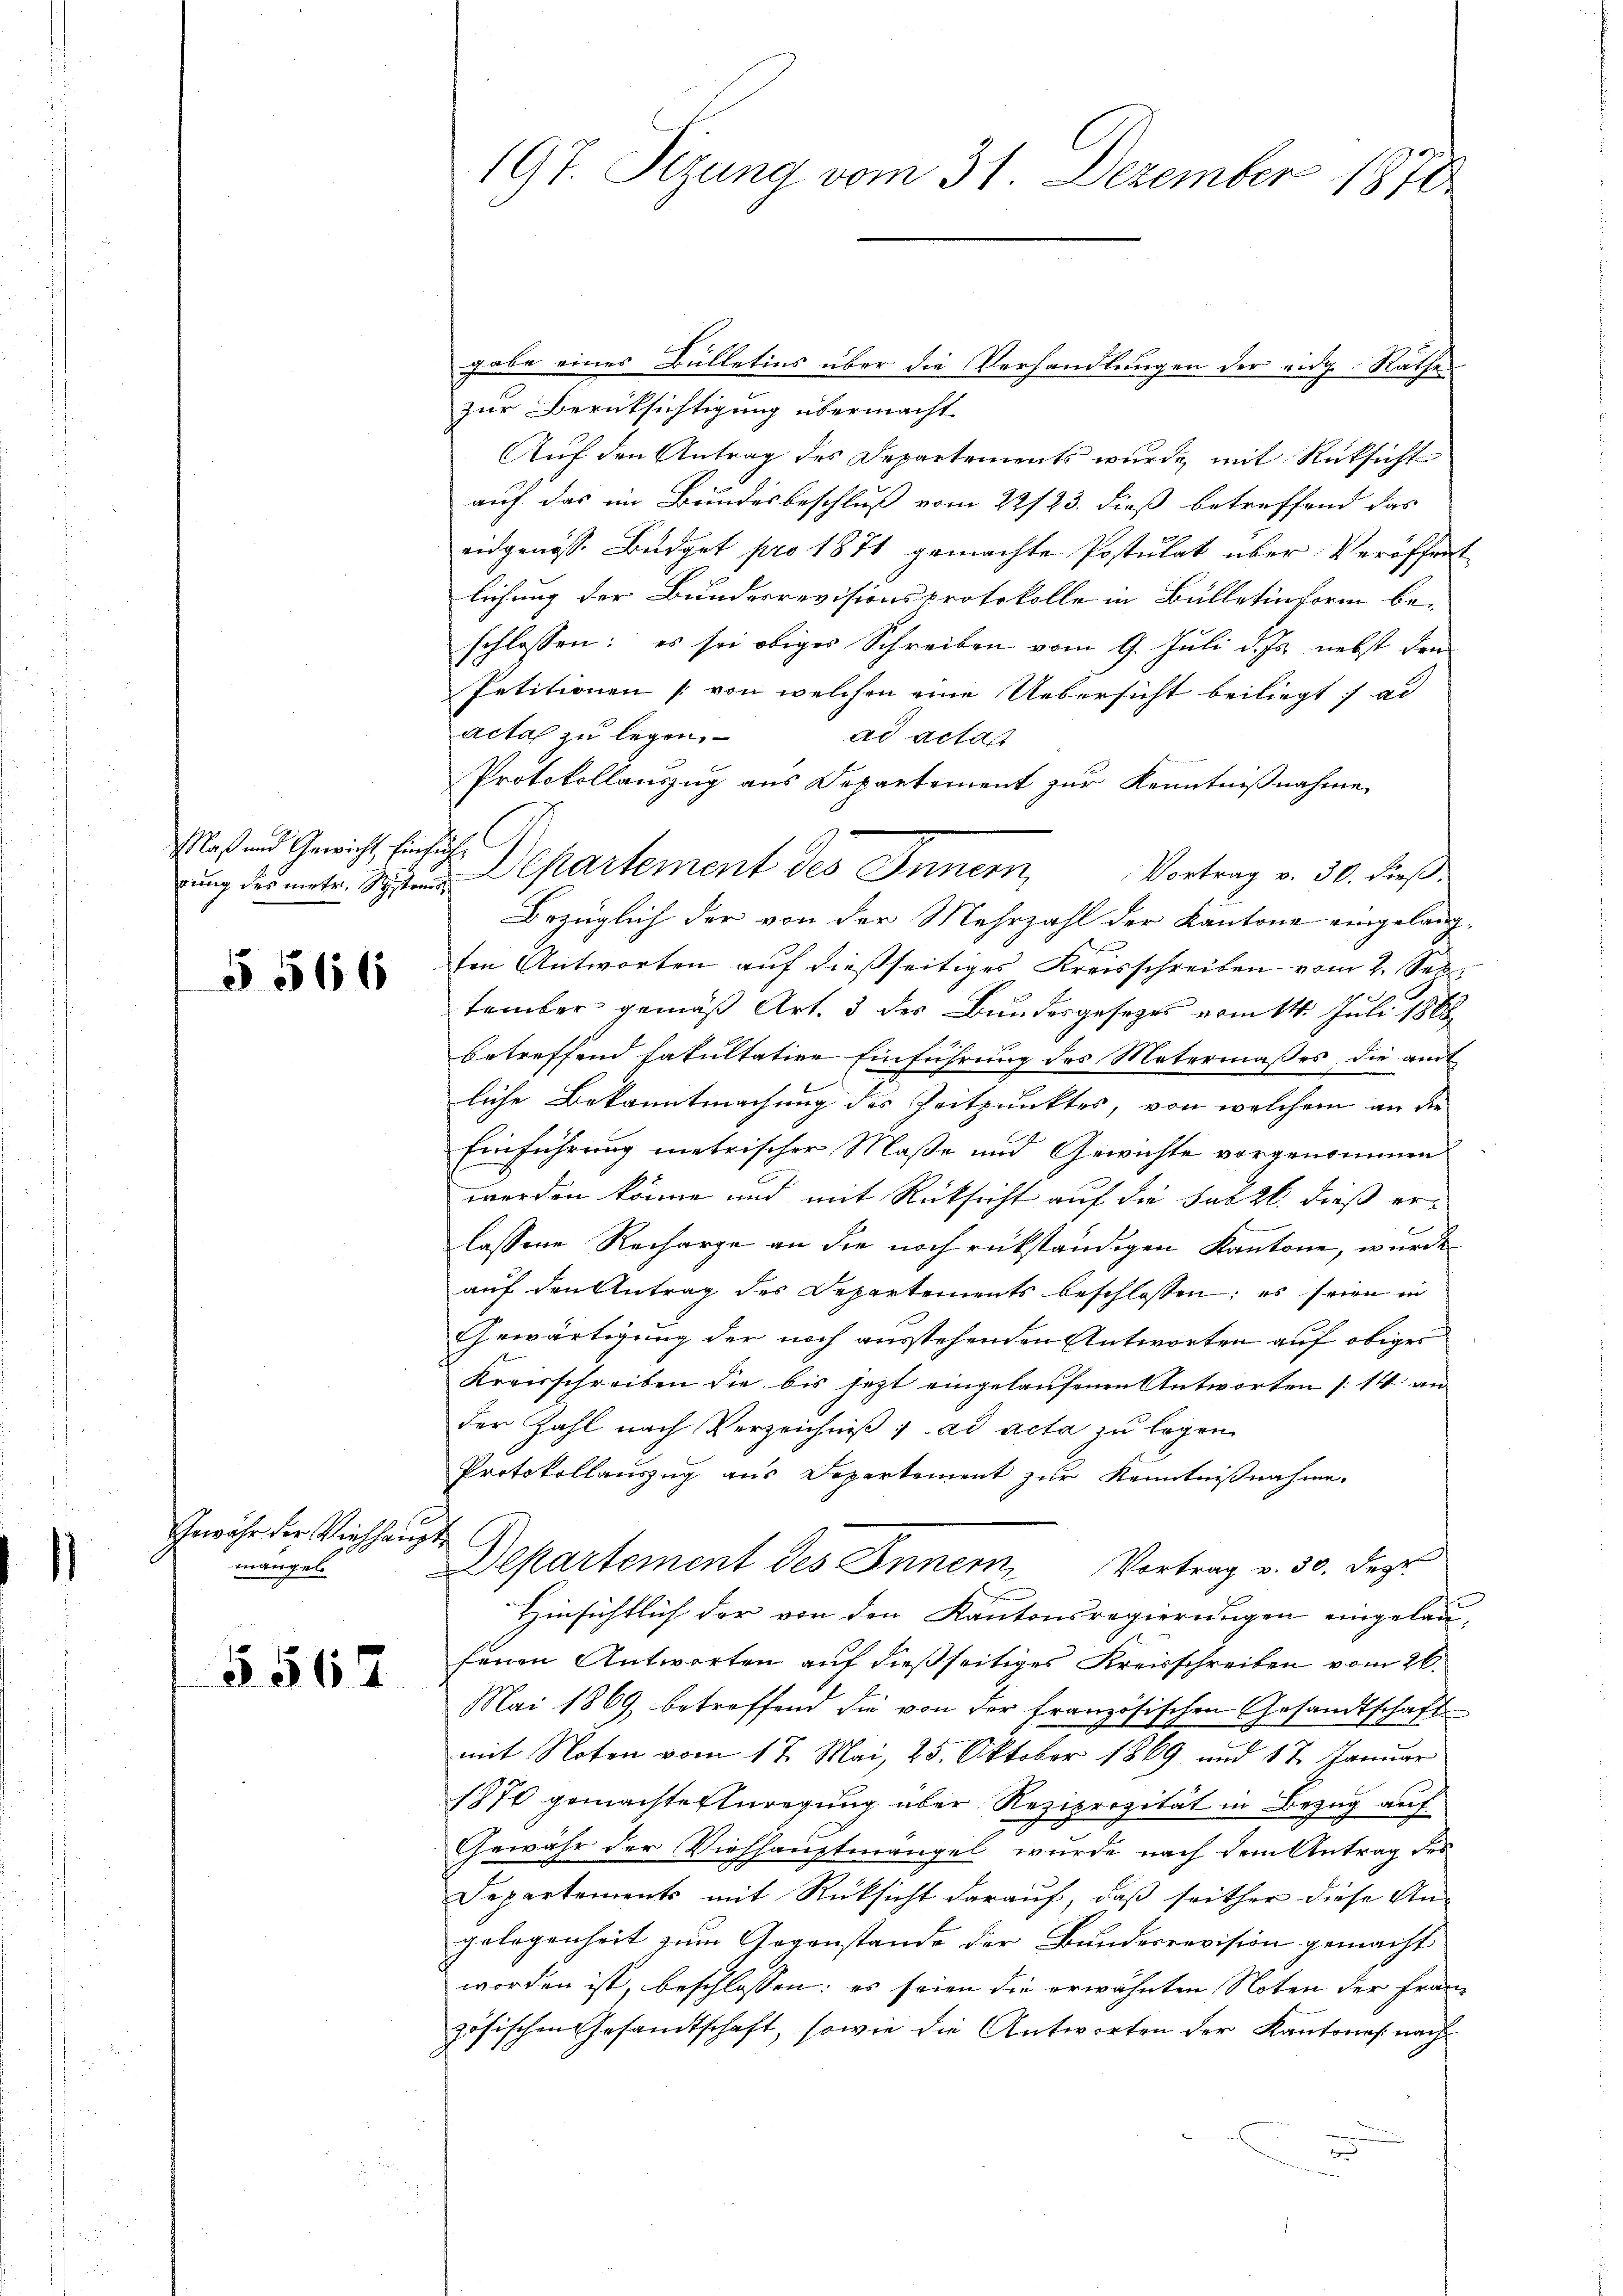
)

Maß und Gewicht Einfüh¬

§ 566

Gewähr der Viehhaupt
mangel

5562

197. Sizung vom 31. Dezember 1870

ŭng der mit. Si partement des Innern,

gabe eines Bülletins über die Verhandlungen der eidg. Rathes
zur Berüksichtigung übermacht.
Auf den Antrag des Departements wurde mit Rücksicht
auf das im Bundesbeschluß vom 22/23. dieß betreffend das
eidgenöss. Budget pro 1871 gemachte Postulat über Veröffentlichung der Bundesrevisionsprotokolle in Bülletinform be-
schlossen: es sei obiges Schreiben vom 9. Juli d. Js. nebst den
Petitionen (von welchen eine Uebersicht beiliegt, ad
acta zu legen.
ad actan
Protokollauszug aus Departement zur Kenntnißnahme
Vortrag v. 30. dieß.
Bezüglich der von der Mehrzahl der Kantone eingelang
ten Antworten auf dießseitiges Kreisschreiben vom 2. Sept.
tember gemäß Art. 3 des Bundesgesezes vom 14. Juli 1888
betreffend fakultative Einführung des Metermaßes, die amt
liche Bekanntmachung der Zeitpunktes, von welchem an die
Einführung metrischer Maße und Gewichte vorgenommen
werden könne und mit Rücksicht auf die sur zb. dieß erlassene Recharge an die noch rückständigen Kantone, wurde
auf den Antrag des Departements beschlossen; es seien in
Gewärtigung der noch ausstehenden Antworten auf obige
Kreisschreiben die bis jetzt eingelaufenen Antworten [14 an
der Zahl nach Verzeichniß; ad acta zu legen
Protokollauszug aus Departement zur Kenntnißnahme
Departement des Innern, Vortrag v. 30. Dez.
Hinsichtlich der von den Kantonsregierungen eingelaufenen Antworten auf dießseitiges Kreisschreiben vom 26.
Mai 1869 betreffend die von der französischen Gesandtschaft
mit Noten vom 17. Mai, 25. Oktober 1869 und 17. Januar
1870 gemachte Anregung über Reziprozität in Bezug auf
Gewähr der Viehhauptmangel wurde nach dem Antrag des
Departements mit Rücksicht darauf, daß seither diese Angelegenheit zum Gegenstande der Bundesrevision gemacht
worden ist, beschlossen: es seien die erwähnten Noten der Frauzösischen Gesandtschaft, sowie die Antworten der Kantones nach